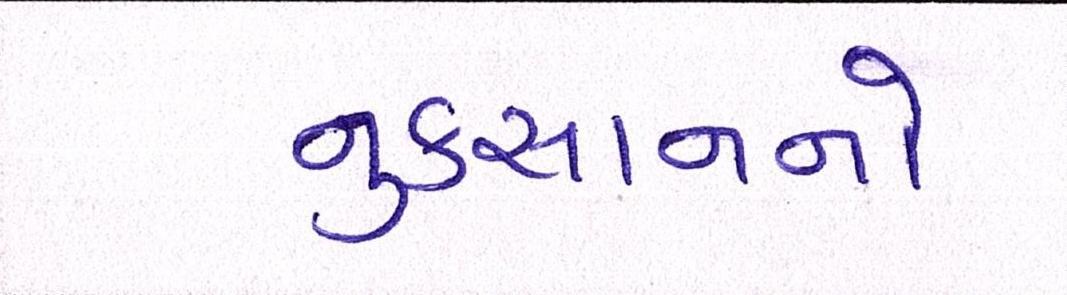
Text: નુકસાનનો